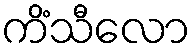
ကိံသီလော